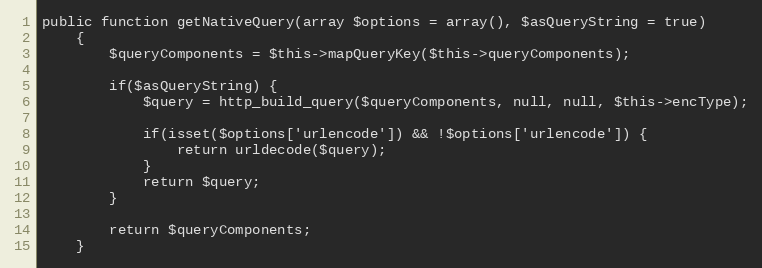
Language: PHP
public function getNativeQuery(array $options = array(), $asQueryString = true)
    {
        $queryComponents = $this->mapQueryKey($this->queryComponents);

        if($asQueryString) {
            $query = http_build_query($queryComponents, null, null, $this->encType);

            if(isset($options['urlencode']) && !$options['urlencode']) {
                return urldecode($query);
            }
            return $query;
        }

        return $queryComponents;
    }